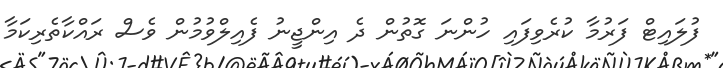
ފުލައިޓް ފަރުމާ ކުރެވިފައި ހުންނަ ގޮތުން ދެ އިންޖީނު ފެއިލްވުމުން ވެސް ރައްކާތެރިކަމާ